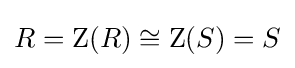
R=\operatorname {Z} (R)\cong \operatorname {Z} (S)=S